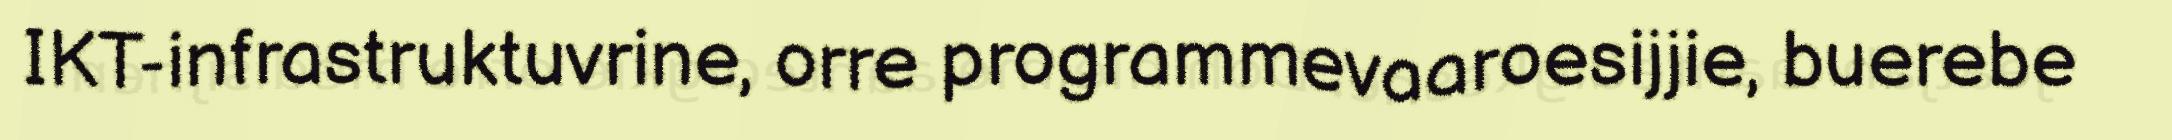
IKT-infrastruktuvrine, orre programmevaaroesijjie, buerebe